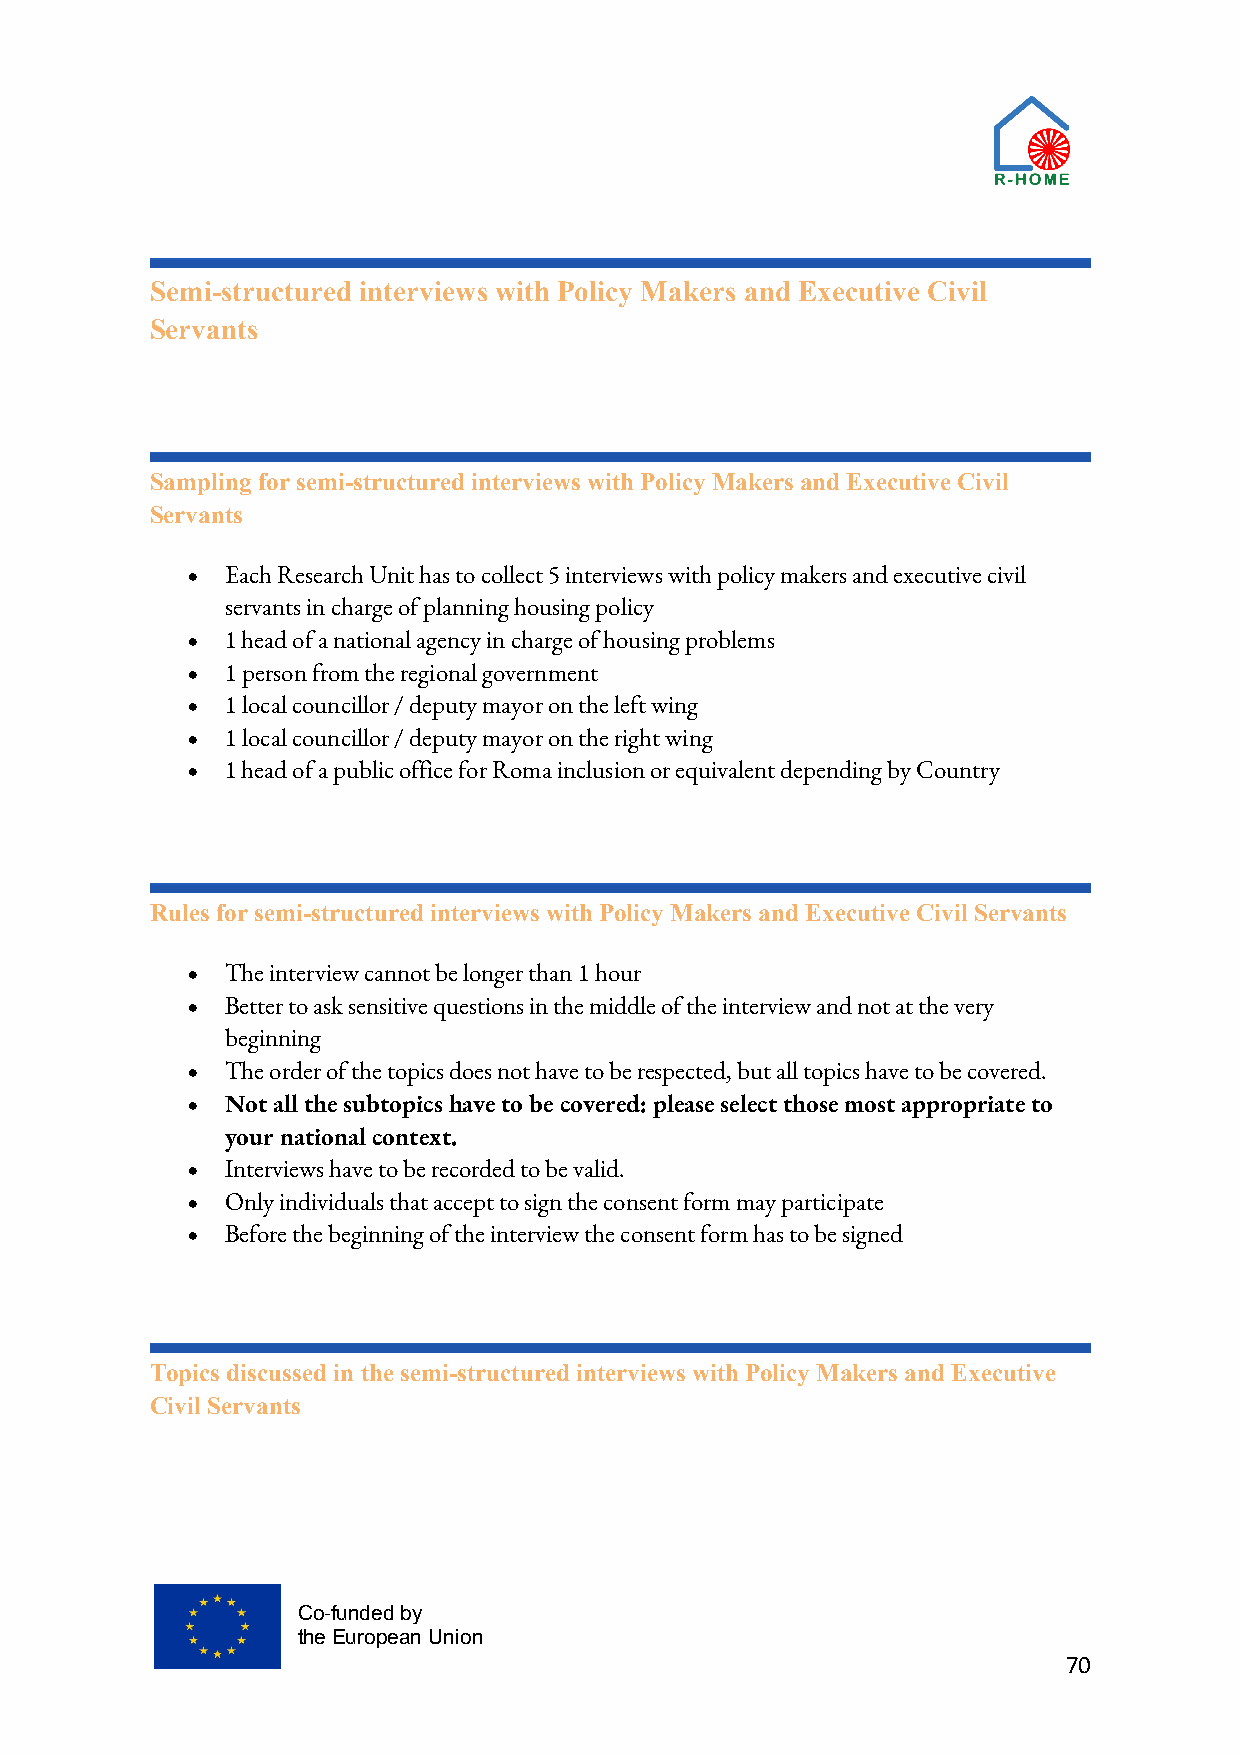
Semi-structured interviews with Policy Makers and Executive Civil
 Servants
 Sampling for semi-structured interviews with Policy Makers and Executive Civil
 Servants
 •  Each Research Unit has to collect 5 interviews with policy makers and executive civil
 servants in charge of planning housing policy
 •  1 head of a national agency in charge of housing problems
 •  1 person from the regional government
 •  1 local councillor / deputy mayor on the left wing
 •  1 local councillor / deputy mayor on the right wing
 •  1 head of a public office for Roma inclusion or equivalent depending by Country
 Rules for semi-structured interviews with Policy Makers and Executive Civil Servants
 •  The interview cannot be longer than 1 hour
 •  Better to ask sensitive questions in the middle of the interview and not at the very
 beginning
 •  The order of the topics does not have to be respected, but all topics have to be covered.
 •  Not all the subtopics have to be covered: please select those most appropriate to
 your national context.
 •  Interviews have to be recorded to be valid.
 •  Only individuals that accept to sign the consent form may participate
 •  Before the beginning of the interview the consent form has to be signed
 Topics discussed in the semi-structured interviews with Policy Makers and Executive
 Civil Servants
 Co-funded by
 the European Union
 70